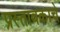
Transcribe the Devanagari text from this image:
प्रस्तावकाचे